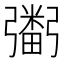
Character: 𢐮